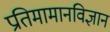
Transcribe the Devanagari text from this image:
प्रतिमामानविज्ञान